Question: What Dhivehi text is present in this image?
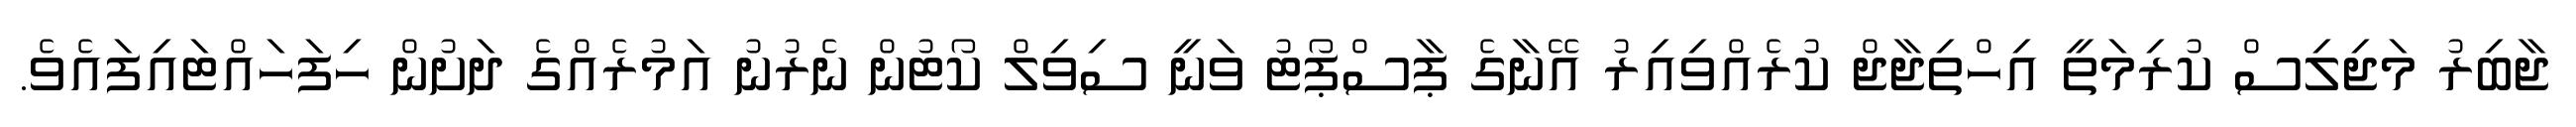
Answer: ޖާބިރު މަޖިލިސް ކުރިމަތީ އިހްތިޖާޖް ކުރެއްވިއިރު އޭނާގެ ޕާސްޕޯޓު ވަނީ ސިވިލް ކޯޓުން ނެރުނު އަމުރެއްގެ ދަށުން ހިފަހައްޓައިފައެވެ.